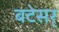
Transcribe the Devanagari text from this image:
बटेसर्